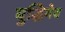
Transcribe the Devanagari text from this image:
बुद्धिमेव